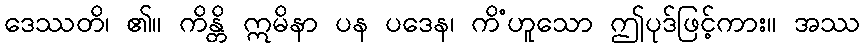
ဒေဿတိ၊ ၏။ ကိန္တိ ဣမိနာ ပန ပဒေန၊ ကိံဟူသော ဤပုဒ်ဖြင့်ကား။ အဿ